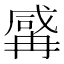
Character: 𱏼